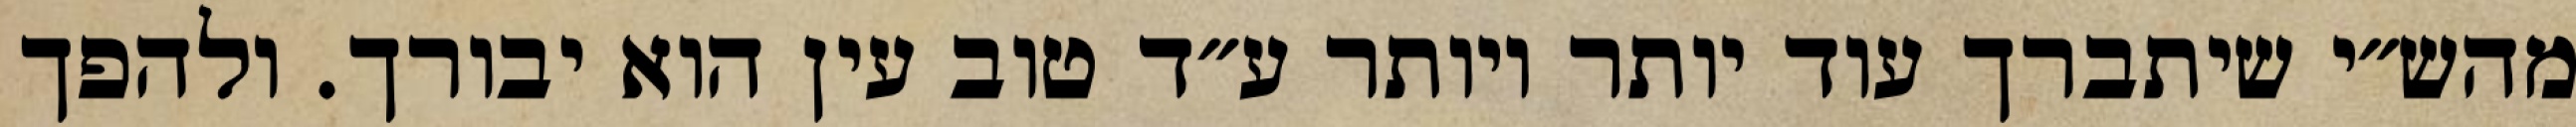
מהש״י שיתברך עוד יותר ויותר ע״ד טוב עין הוא יבורך. ולהפך